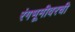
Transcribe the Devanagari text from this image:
रंगभूमीवरची